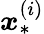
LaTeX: \boldsymbol{x}_{*}^{(i)}